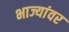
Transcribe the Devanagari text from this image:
भाज्यांवर